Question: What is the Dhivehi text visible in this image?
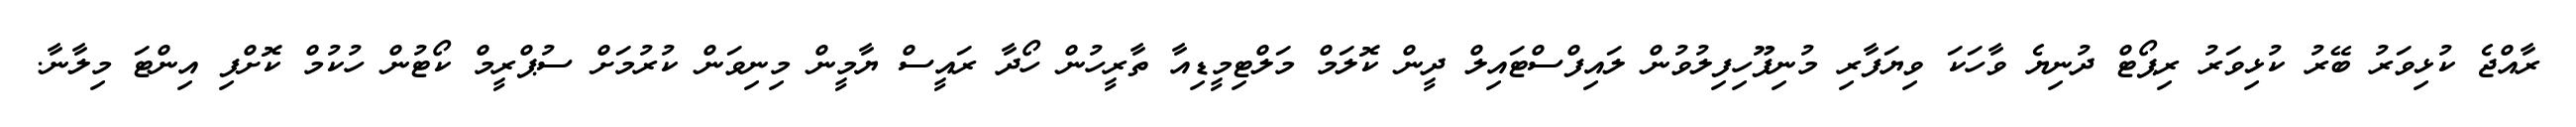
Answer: ރާއްޖެ ކުޅިވަރު ބޭރު ކުޅިވަރު ރިޕޯޓް ދުނިޔެ ވާހަކަ ވިޔަފާރި މުނިފޫހިފިލުވުން ލައިފްސްޓައިލް ދީން ކޮލަމް މަލްޓިމީޑިއާ ތާރީހުން ހޯދާ ރައީސް ޔާމީން މިނިވަން ކުރުމަށް ސުޕްރީމް ކޯޓުން ހުކުމް ކޮށްފި އިންޓަ މިލާނާ.